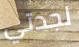
لجدتي